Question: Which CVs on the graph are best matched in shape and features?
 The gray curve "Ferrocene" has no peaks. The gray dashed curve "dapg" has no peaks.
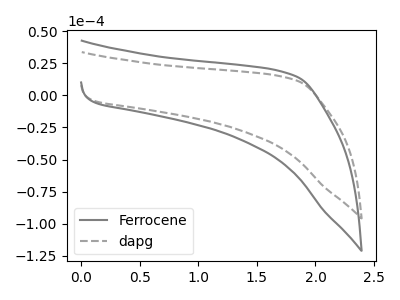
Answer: <think>Neither "Ferrocene" or "dapg" have any peaks.
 </think>
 <answer>"dapg" and "Ferrocene" have the same shape and are likely CV's of the same chemical.</answer>
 <eval>"dapg" "Ferrocene"</eval>